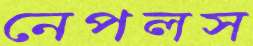
নেপলস